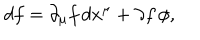
d f = \partial _ { \mu } f \, d x ^ { \mu } + \partial f \, \phi ,